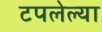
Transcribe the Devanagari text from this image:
टपलेल्या